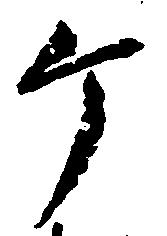
ヶ